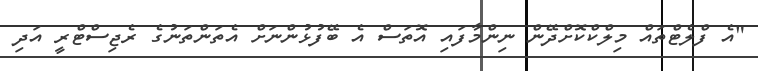
"އެ ފްލެޓްތައް މިލްކްކޮށްދޭން ނިންމާފައި އޮތަސް އެ ބޭފުޅުންނަށް އެތަންތަނުގެ ރެޖިސްޓްރީ އަދި